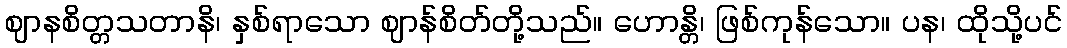
ဈာနစိတ္တသတာနိ၊ နှစ်ရာသော ဈာန်စိတ်တို့သည်။ ဟောန္တိ၊ ဖြစ်ကုန်သော။ ပန၊ ထိုသို့ပင်